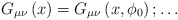
\begin{align*}G_{\mu\nu}\left( x \right)=G_{\mu\nu}\left( x,\phi_{0} \right) ;\ldots\end{align*}